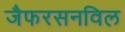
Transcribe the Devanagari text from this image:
जैफरसनविल